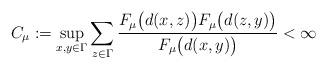
LaTeX: \begin{align*} C_\mu := \sup_{x,y \in \Gamma} \sum_{z\in\Gamma} \frac{F_{\mu}\bigl(d(x,z)\bigr)F_{\mu}\bigl(d(z,y)\bigr)}{F_{\mu}\bigl(d(x,y)\bigr)} < \infty \end{align*}